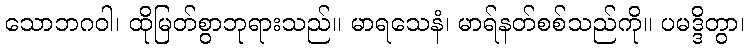
သောဘဂဝါ၊ ထိုမြတ်စွာဘုရားသည်။ မာရသေနံ၊ မာရ်နတ်စစ်သည်ကို။ ပမဒ္ဒိတွာ၊